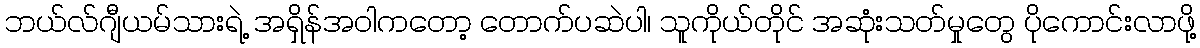
ဘယ်လ်ဂျီယမ်သားရဲ့ အရှိန်အဝါကတော့ တောက်ပဆဲပါ၊ သူကိုယ်တိုင် အဆုံးသတ်မှုတွေ ပိုကောင်းလာဖို့